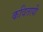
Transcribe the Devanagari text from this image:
कवितायी